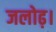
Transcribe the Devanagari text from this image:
जलोढ़।